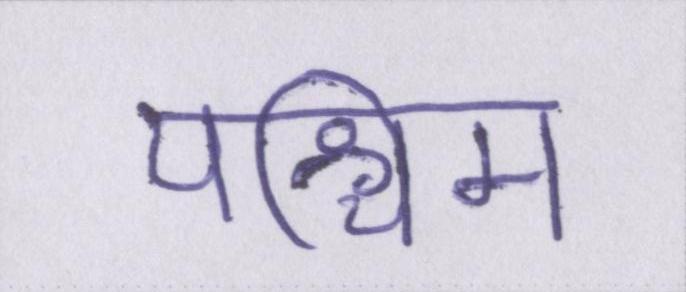
पश्चिम